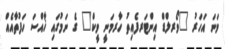
ވަނަ އަހަރު "ވޯރލްޑް އިންޓަރފެއިތު ހާރމަނީ ވީކް" ގެ ނަމުގައި ޚާއްސަ ހަފުތާއެއް